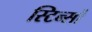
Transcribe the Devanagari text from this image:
स्टिन्सों